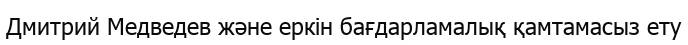
Дмитрий Медведев және еркін бағдарламалық қамтамасыз ету